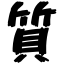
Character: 質